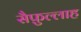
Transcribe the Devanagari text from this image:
सैफ़ुल्लाह